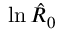
\ln \hat { R } _ { 0 }